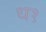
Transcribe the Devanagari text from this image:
ध१